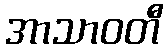
အာသာဝတီ